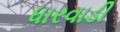
ધારવાડી